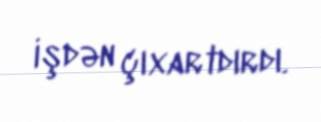
işdən çıxartdırdı.